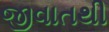
જીવાતથી